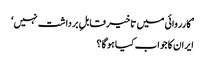
’کارروائی میں تاخیر قابلِ برداشت نہیں‘
ایران کا جواب کیا ہو گا؟